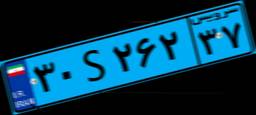
۳۰S۲۶۲۳۷